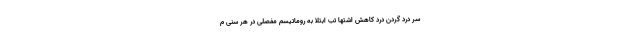
سر درد گردن درد کاهش اشتها تب ابتلا به روماتیسم مفصلی در هر سنی م